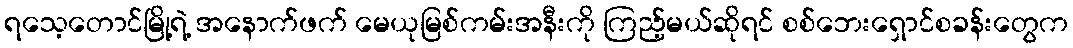
ရသေ့တောင်မြို့ရဲ့ အနောက်ဖက် မေယုမြစ်ကမ်းအနီးကို ကြည့်မယ်ဆိုရင် စစ်ဘေးရှောင်စခန်းတွေက